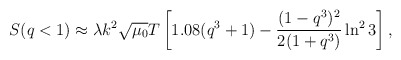
\begin{align*}S(q<1)\approx\lambda k^{2}\sqrt{\mu_{0}}T\left[1.08(q^{3}+1)-\frac{(1-q^{3})^{2}}{2(1+q^{3})}\ln^{2}3\right],\end{align*}